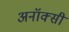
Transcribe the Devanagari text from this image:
अनॉक्सी